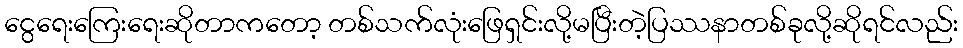
ငွေရေးကြေးရေးဆိုတာကတော့ တစ်သက်လုံးဖြေရှင်းလို့မပြီးတဲ့ပြဿနာတစ်ခုလို့ဆိုရင်လည်း